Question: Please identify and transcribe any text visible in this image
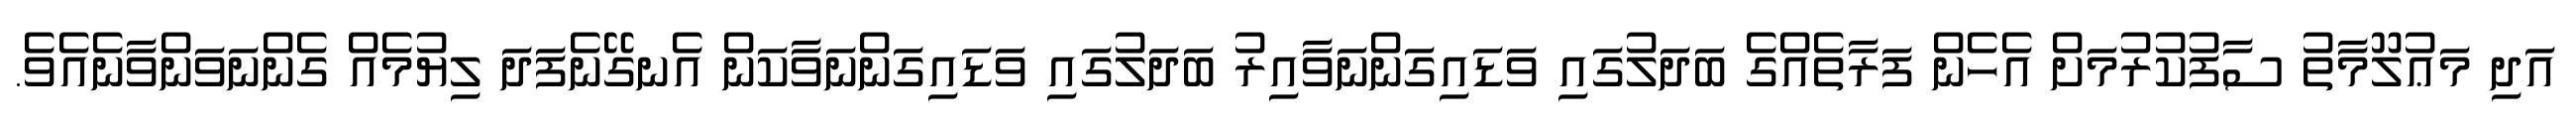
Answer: އަދި މަޢުލޫމާތު ސާފުކުރުމަށް އެހެން ފަރާތެއްގެ ބަދަލުގައި ވަޑައިގަންނަވާއިރު ބަދަލުގައި ވަޑައިގަންނަވާކަން އެނގޭނެފަދަ ލިޔުމެއް ގެންނަވަންވާނެއެވެ.